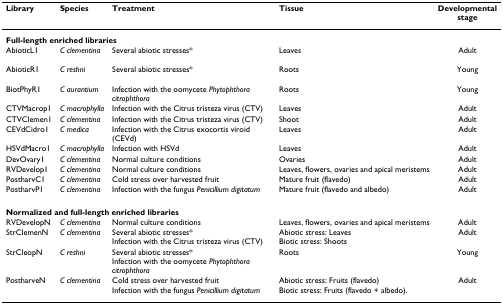
<table><thead><tr><td><b>Library</b></td><td><b>Species</b></td><td><b>Treatment</b></td><td><b>Tissue</b></td><td><b>Developmentalstage</b></td></tr></thead><tbody><tr><td colspan="5"><b>Full-length enriched libraries</b></td></tr><tr><td>AbioticL1</td><td><i>C clementina</i></td><td>Several abiotic stresses*</td><td>Leaves</td><td>Adult</td></tr><tr><td>AbioticR1</td><td><i>C reshni</i></td><td>Several abiotic stresses*</td><td>Roots</td><td>Young</td></tr><tr><td>BiotPhyR1</td><td><i>C aurantium</i></td><td>Infection with the oomycete <i>Phytophthora citrophthora</i></td><td>Roots</td><td>Young</td></tr><tr><td>CTVMacrop1</td><td><i>C macrophylla</i></td><td>Infection with the Citrus tristeza virus (CTV)</td><td>Leaves</td><td>Adult</td></tr><tr><td>CTVClemen1</td><td><i>C clementina</i></td><td>Infection with the Citrus tristeza virus (CTV)</td><td>Shoot</td><td>Adult</td></tr><tr><td>CEVdCidro1</td><td><i>C medica</i></td><td>Infection with the Citrus exocortis viroid (CEVd)</td><td>Leaves</td><td>Adult</td></tr><tr><td>HSVdMacro1</td><td><i>C macrophylla</i></td><td>Infection with HSVd</td><td>Leaves</td><td>Adult</td></tr><tr><td>DevOvary1</td><td><i>C clementina</i></td><td>Normal culture conditions</td><td>Ovaries</td><td>Adult</td></tr><tr><td>RVDevelop1</td><td><i>C clementina</i></td><td>Normal culture conditions</td><td>Leaves, flowers, ovaries and apical meristems</td><td>Adult</td></tr><tr><td>PostharvC1</td><td><i>C clementina</i></td><td>Cold stress over harvested fruit</td><td>Mature fruit (flavedo)</td><td>Adult</td></tr><tr><td>PostharvP1</td><td><i>C clementina</i></td><td>Infection with the fungus <i>Penicillium digitatum</i></td><td>Mature fruit (flavedo and albedo)</td><td>Adult</td></tr><tr><td colspan="5"><b>Normalized and full-length enriched libraries</b></td></tr><tr><td>RVDevelopN</td><td><i>C clementina</i></td><td>Normal culture conditions</td><td>Leaves, flowers, ovaries and apical meristems</td><td>Adult</td></tr><tr><td>StrClemenN</td><td><i>C clementina</i></td><td>Several abiotic stresses*Infection with the Citrus tristeza virus (CTV)</td><td>Abiotic stress: LeavesBiotic stress: Shoots</td><td>Adult</td></tr><tr><td>StrCleopN</td><td><i>C reshni</i></td><td>Several abiotic stresses*Infection with the oomycete <i>Phytophthora citrophthora</i></td><td>Roots</td><td>Young</td></tr><tr><td>PostharveN</td><td><i>C clementina</i></td><td>Cold stress over harvested fruitInfection with the fungus <i>Penicillium digitatum</i></td><td>Abiotic stress: Fruits (flavedo)Biotic stress: Fruits (flavedo + albedo).</td><td>Adult</td></tr></tbody></table>